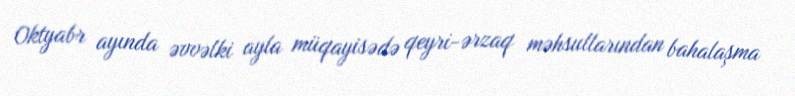
Oktyabr ayında əvvəlki ayla müqayisədə qeyri-ərzaq məhsullarından bahalaşma